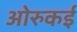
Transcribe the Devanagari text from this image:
ओरुकई